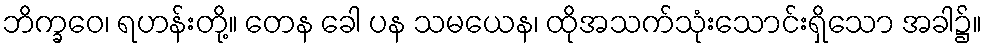
ဘိက္ခဝေ၊ ရဟန်းတို့။ တေန ခေါ ပန သမယေန၊ ထိုအသက်သုံးသောင်းရှိသော အခါ၌။